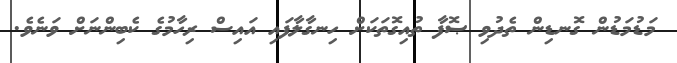
މަޑުމަޑުން ގޮނޑިން ތެދުވި ޞޮފާ ތުއިގޮތަކަށް ހިނގާލާފައި އައިސް ރިހާމުގެ ކެބިންނަށް ވަނެވެ.